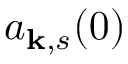
a _ { \mathbf { k } , s } ( 0 )